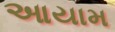
આયામ